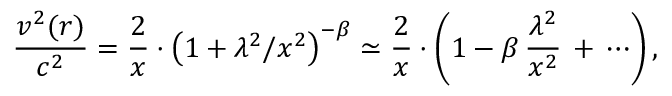
\frac { v ^ { 2 } ( r ) } { c ^ { 2 } } = \frac { 2 } { x } \cdot \left( 1 + \lambda ^ { 2 } / x ^ { 2 } \right) ^ { - \beta } \simeq \frac { 2 } { x } \cdot \left( 1 - \beta \, \frac { \lambda ^ { 2 } } { x ^ { 2 } } \, + \, \cdots \right) ,